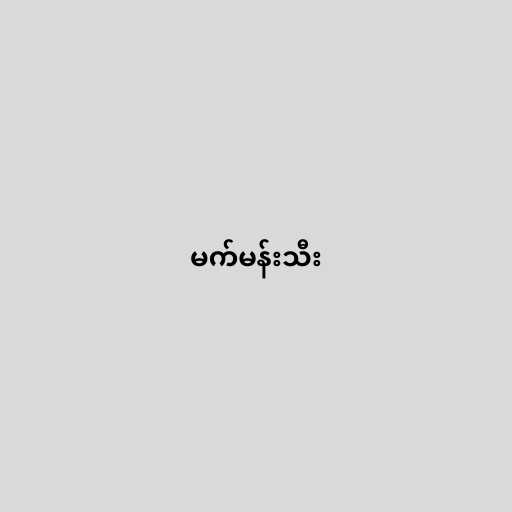
မက်မန်းသီး